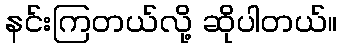
နင်းကြတယ်လို့ ဆိုပါတယ်။